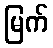
မြက်